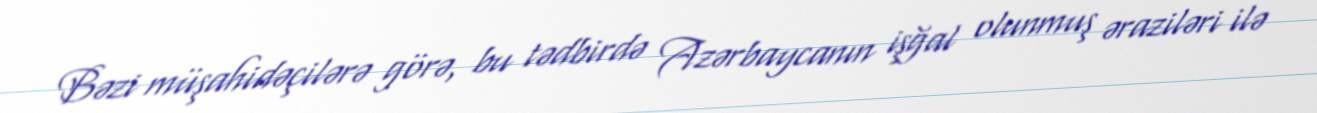
Bəzi müşahidəçilərə görə, bu tədbirdə Azərbaycanın işğal olunmuş əraziləri ilə